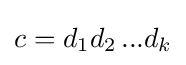
c=d_{1}d_{2}\,...d_{k}